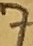
Text: 7